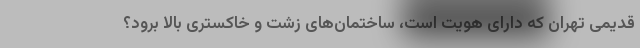
قدیمی تهران که دارای هویت است، ساختمان‌های زشت و خاکستری بالا برود؟